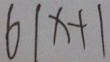
6 1 x + 1